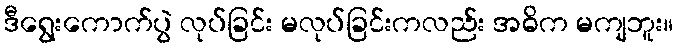
ဒီရွေးကောက်ပွဲ လုပ်ခြင်း မလုပ်ခြင်းကလည်း အဓိက မကျဘူး။